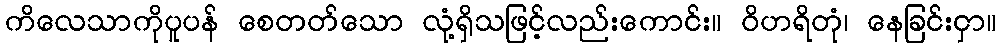
ကိလေသာကိုပူပန် စေတတ်သော လုံ့ရှိသဖြင့်လည်းကောင်း။ ဝိဟရိတုံ၊ နေခြင်းငှာ။